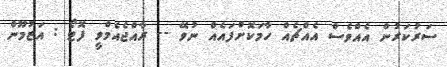
ސަރުކަރުން އެއްވެސް އެއްޗެއް ހާމަކޮށްފައެއް ނުވޭ -- ރާއްޖެއެމްވީ ފޮޓޯ : އަޒުމޫން